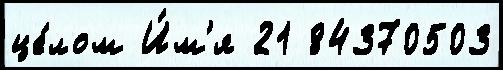
це́лом И́м'я 21 84370503